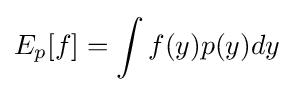
E_{p}[f]=\int f(y)p(y)dy